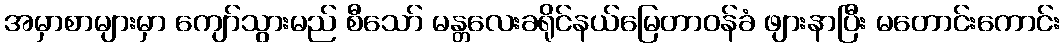
အမှာစာများမှာ ကျော်သွားမည် စီသော် မန္တလေးခရိုင်နယ်မြေတာဝန်ခံ ဖျားနာပြီး မတောင်းကောင်း